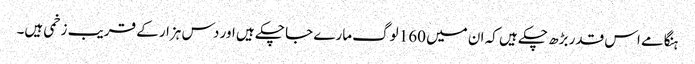
ہنگامے اس قدر بڑھ چکے ہیں کہ ان میں 160 لوگ مارے جا چکے ہیں اور دس ہزار کے قریب زخمی ہیں۔